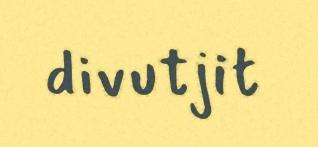
divutjit